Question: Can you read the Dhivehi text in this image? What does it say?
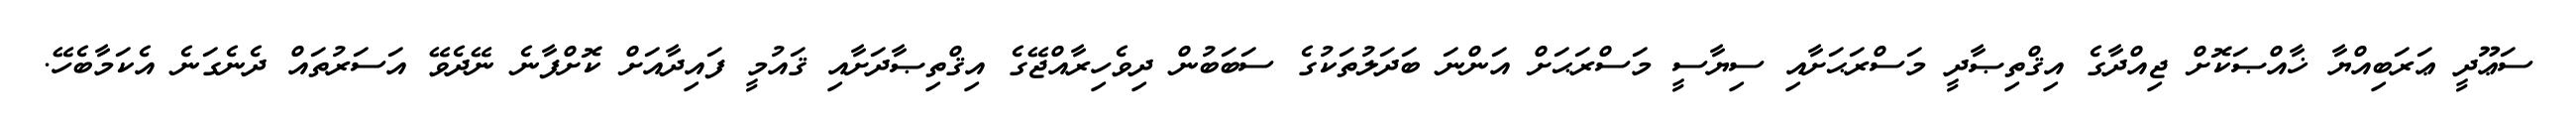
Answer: ސަޢޫދީ ޢަރަބިއްޔާ ޚާއްޞަކޮށް ޖިއްދާގެ އިޤްތިޞާދީ މަސްރަޙަށާއި ސިޔާސީ މަސްރަޙަށް އަންނަ ބަދަލުތަކުގެ ސަބަބުން ދިވެހިރާއްޖޭގެ އިޤްތިޞާދަށާއި ޤައުމީ ފައިދާއަށް ކޮށްފާނެ ނޭދެވޭ އަސަރުތައް ދެނެގަނެ އެކަމާބެހޭ.